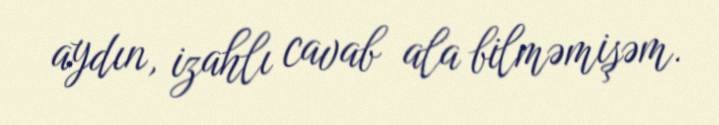
aydın, izahlı cavab ala bilməmişəm.